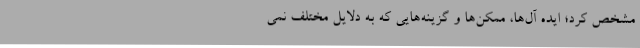
مشخص کرد؛ ایده­ آل‌ها، ممکن‌ها و گزینه‌هایی که به دلایل مختلف نمی